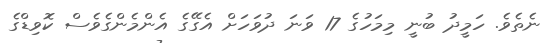
ނެތެވެ. ހަމީދު ބުނީ މިމަހުގެ 17 ވަނަ ދުވަހަށް އެގޭގެ އެންމެންގެވެސް ކޮވިޑްގެ